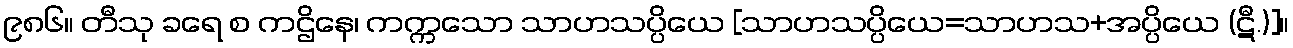
၉၈၆။ တီသု ခရေ စ ကဌိနေ၊ ကက္ကသော သာဟသပ္ပိယေ [သာဟသပ္ပိယေ=သာဟသ+အပ္ပိယေ (ဋီ.)]။